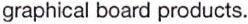
graphical board products.